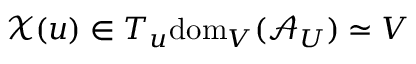
\mathcal { X } ( u ) \in T _ { u } \mathrm { d o m } _ { V } ( \mathcal { A } _ { U } ) \simeq V